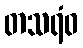
တသရံဝ